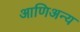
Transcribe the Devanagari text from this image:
आणिअन्य